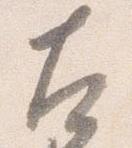
左